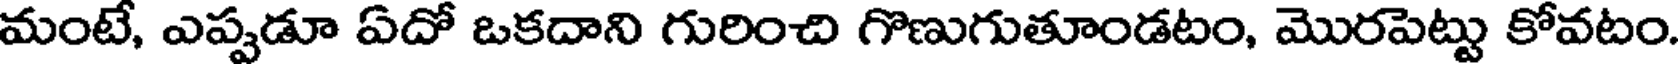
మంటే, ఎప్పడూ ఏదో ఒకదాని గురించి గొణుగుతూండటం, మొరపెట్టు కోవటం